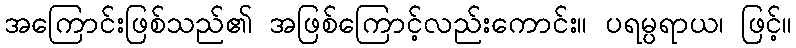
အကြောင်းဖြစ်သည်၏ အဖြစ်ကြောင့်လည်းကောင်း။ ပရမ္ပရာယ၊ ဖြင့်။